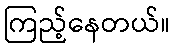
ကြည့်နေတယ်။